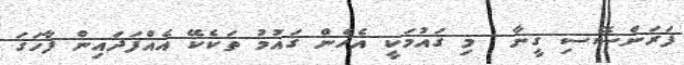
ފަރަންސޭސި ގީނާ  މި ޤައުމަކީ އެހެން ޤައުމު ތަކެކޭ އެއްފަދައިން ފާހަގަ